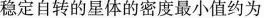
稳定自转的星体的密度最小值约为